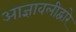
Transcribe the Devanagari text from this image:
आज्ञावलीद्वारे